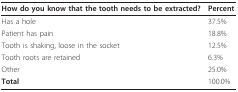
<table><thead><tr><td><b>How do you know that the tooth needs to be extracted?</b></td><td><b>Percent</b></td></tr></thead><tbody><tr><td>Has a hole</td><td>37.5%</td></tr><tr><td>Patient has pain</td><td>18.8%</td></tr><tr><td>Tooth is shaking, loose in the socket</td><td>12.5%</td></tr><tr><td>Tooth roots are retained</td><td>6.3%</td></tr><tr><td>Other</td><td>25.0%</td></tr><tr><td><b>Total</b></td><td>100.0%</td></tr></tbody></table>